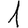
Digit: 1